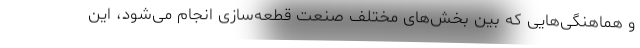
و هماهنگی‌هایی که بین بخش‌های مختلف صنعت قطعه‌سازی انجام می‌شود، این